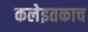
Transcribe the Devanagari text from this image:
कलेइतकाच